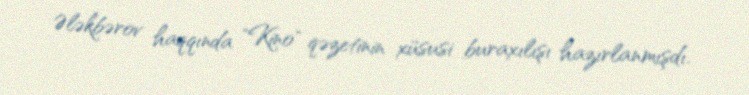
Ələkbərov haqqında "Kino" qəzetinin xüsusi buraxılışı hazırlanmışdı.